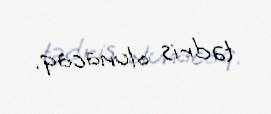
tədris olunacaq.